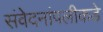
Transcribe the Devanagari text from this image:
संवेदनांपलीकडे